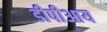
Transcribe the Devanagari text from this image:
डीपीआय